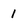
Character: 1